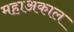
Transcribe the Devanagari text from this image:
महाअकाल